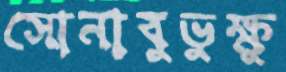
সোনাবুভুক্ষু